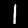
Digit: 1